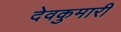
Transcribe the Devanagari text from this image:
देवकुमारी